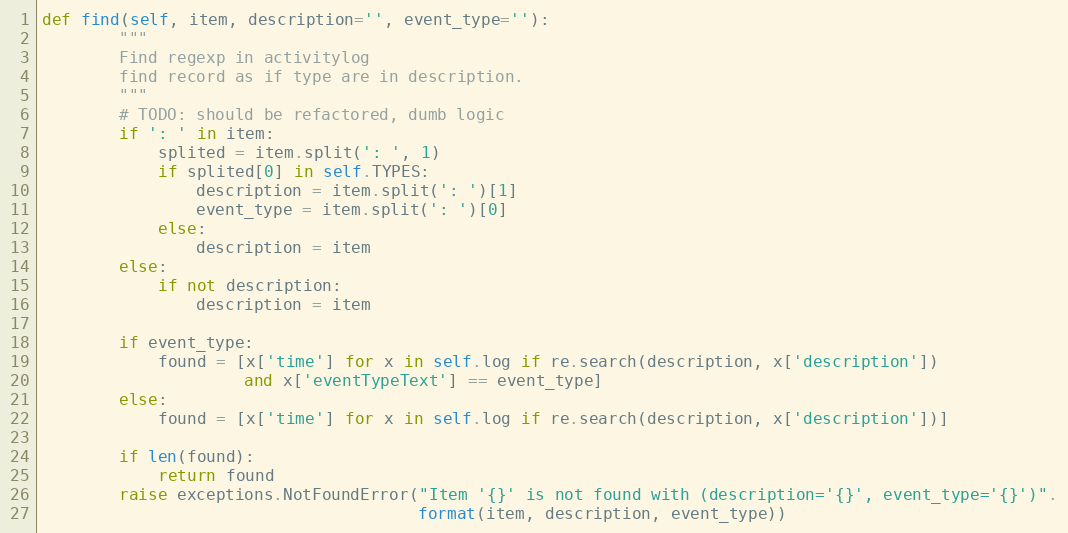
Language: Python
def find(self, item, description='', event_type=''):
        """
        Find regexp in activitylog
        find record as if type are in description.
        """
        # TODO: should be refactored, dumb logic
        if ': ' in item:
            splited = item.split(': ', 1)
            if splited[0] in self.TYPES:
                description = item.split(': ')[1]
                event_type = item.split(': ')[0]
            else:
                description = item
        else:
            if not description:
                description = item

        if event_type:
            found = [x['time'] for x in self.log if re.search(description, x['description'])
                     and x['eventTypeText'] == event_type]
        else:
            found = [x['time'] for x in self.log if re.search(description, x['description'])]

        if len(found):
            return found
        raise exceptions.NotFoundError("Item '{}' is not found with (description='{}', event_type='{}')".
                                       format(item, description, event_type))